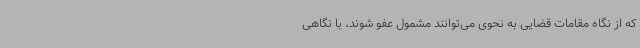
که از نگاه مقامات قضایی به نحوی می‌توانند مشمول عفو شوند، با نگاهی